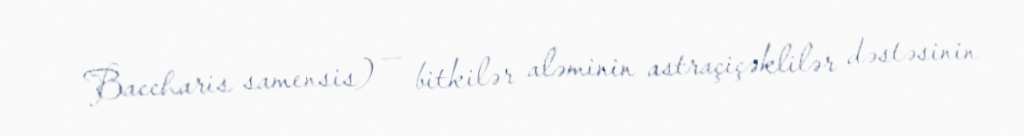
Baccharis samensis) — bitkilər aləminin astraçiçəklilər dəstəsinin